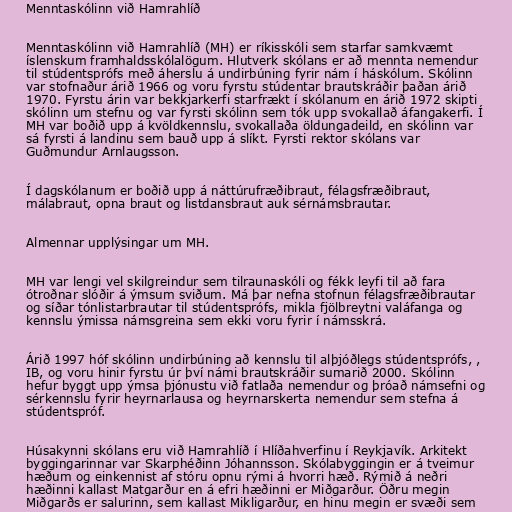
Menntaskólinn við Hamrahlíð

Menntaskólinn við Hamrahlíð (MH) er ríkisskóli sem starfar samkvæmt
íslenskum framhaldsskólalögum. Hlutverk skólans er að mennta nemendur
til stúdentsprófs með áherslu á undirbúning fyrir nám í háskólum. Skólinn
var stofnaður árið 1966 og voru fyrstu stúdentar brautskráðir þaðan árið
1970. Fyrstu árin var bekkjarkerfi starfrækt í skólanum en árið 1972 skipti
skólinn um stefnu og var fyrsti skólinn sem tók upp svokallað áfangakerfi. Í
MH var boðið upp á kvöldkennslu, svokallaða öldungadeild, en skólinn var
sá fyrsti á landinu sem bauð upp á slíkt. Fyrsti rektor skólans var
Guðmundur Arnlaugsson.

Í dagskólanum er boðið upp á náttúrufræðibraut, félagsfræðibraut,
málabraut, opna braut og listdansbraut auk sérnámsbrautar.

Almennar upplýsingar um MH.

MH var lengi vel skilgreindur sem tilraunaskóli og fékk leyfi til að fara
ótroðnar slóðir á ýmsum sviðum. Má þar nefna stofnun félagsfræðibrautar
og síðar tónlistarbrautar til stúdentsprófs, mikla fjölbreytni valáfanga og
kennslu ýmissa námsgreina sem ekki voru fyrir í námsskrá.

Árið 1997 hóf skólinn undirbúning að kennslu til alþjóðlegs stúdentsprófs, ,
IB, og voru hinir fyrstu úr því námi brautskráðir sumarið 2000. Skólinn
hefur byggt upp ýmsa þjónustu við fatlaða nemendur og þróað námsefni og
sérkennslu fyrir heyrnarlausa og heyrnarskerta nemendur sem stefna á
stúdentspróf.

Húsakynni skólans eru við Hamrahlíð í Hlíðahverfinu í Reykjavík. Arkitekt
byggingarinnar var Skarphéðinn Jóhannsson. Skólabyggingin er á tveimur
hæðum og einkennist af stóru opnu rými á hvorri hæð. Rýmið á neðri
hæðinni kallast Matgarður en á efri hæðinni er Miðgarður. Öðru megin
Miðgarðs er salurinn, sem kallast Mikligarður, en hinu megin er svæði sem